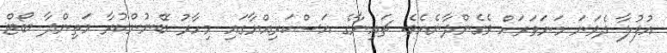
އުފުލާ ދެވަނަ މަނަވަރަށް ވެގެންދާނެއެވެ. ޗައިނާގެ އަސްކަރިއްޔާގައި މިހާރު ބޭނުންކުރާ މަތިންދާ ބޯޓް